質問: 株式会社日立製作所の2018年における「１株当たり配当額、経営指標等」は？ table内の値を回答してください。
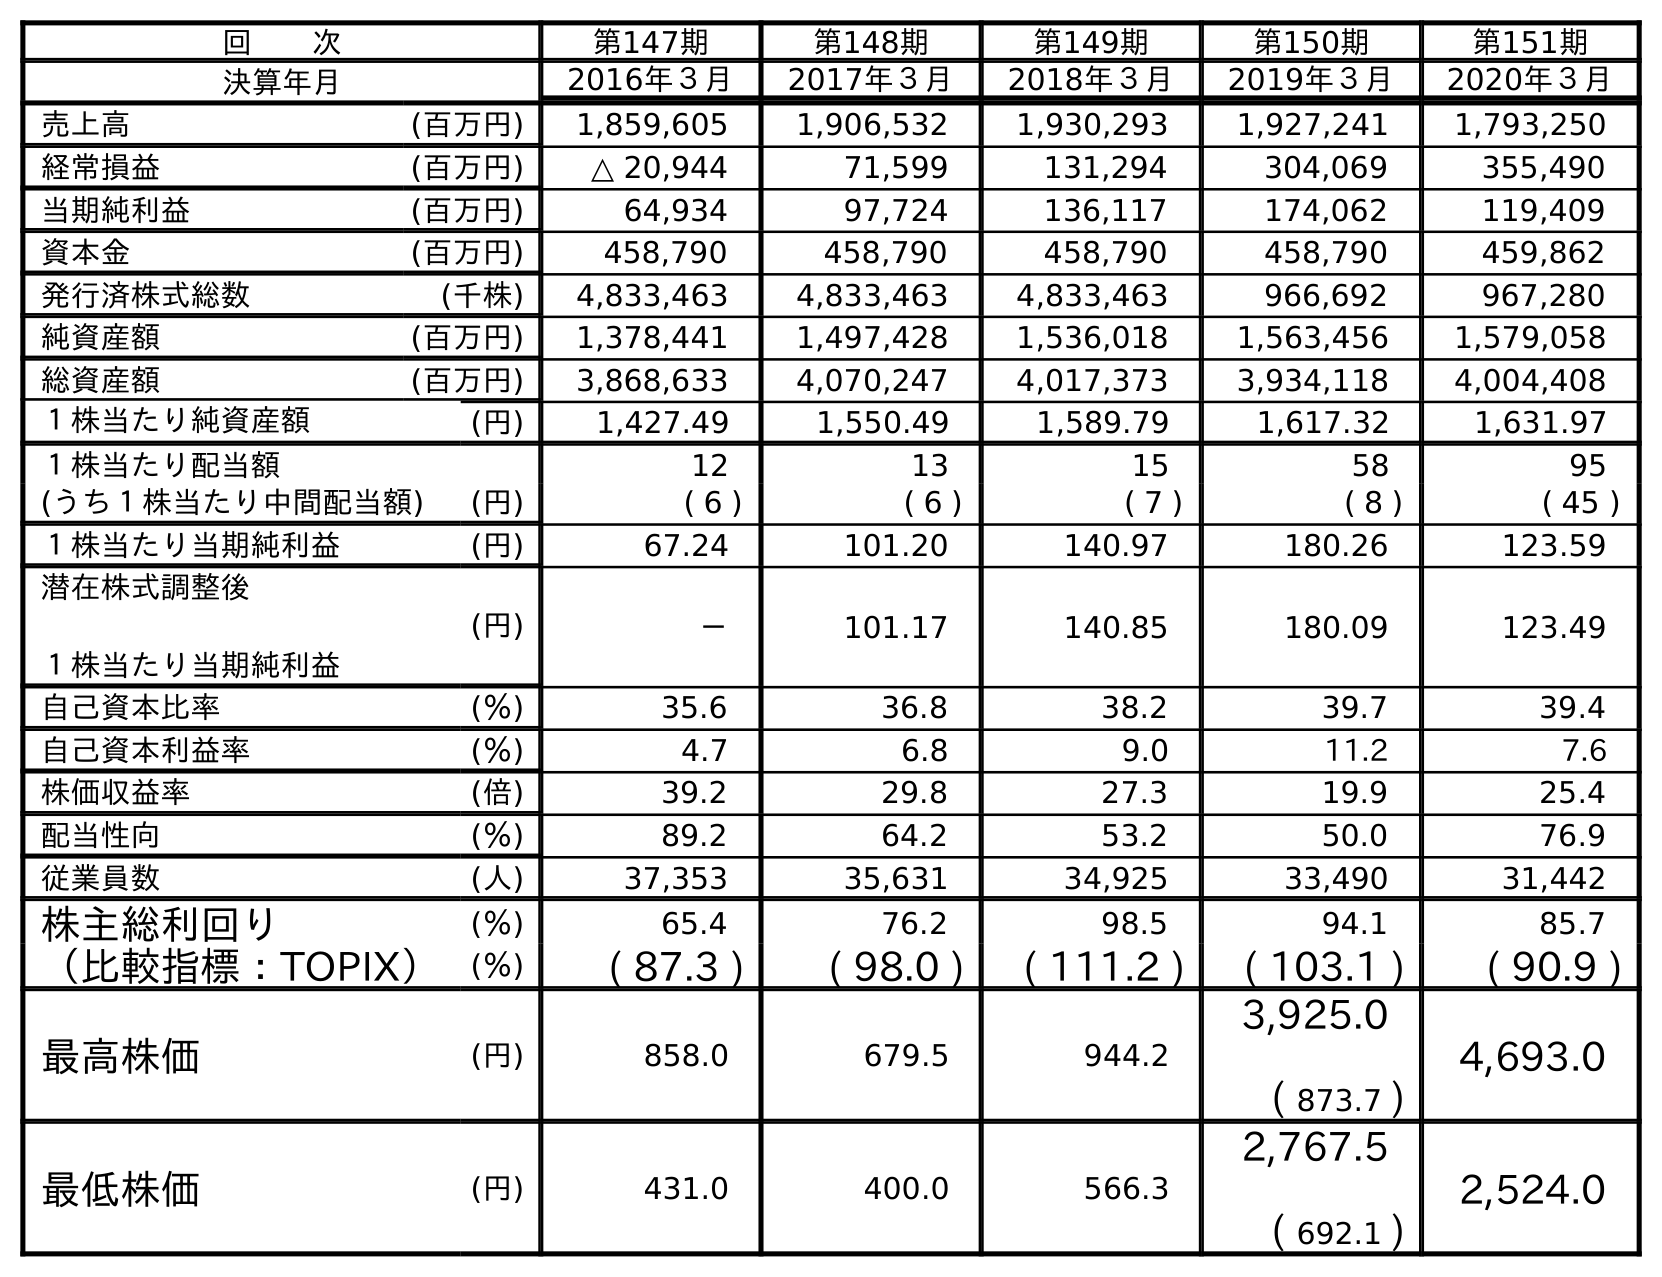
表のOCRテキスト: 回  次 第147期 第148期 第149期 第150期 第151期 決算年月 2016年３月 2017年３月 2018年３月 2019年３月 2020年３月 売上高 (百万円) 1,859,605 1,906,532 1,930,293 1,927,241 1,793,250 経常損益 (百万円) △ 20,944 71,599 131,294 304,069 355,490 当期純利益 (百万円) 64,934 97,724 136,117 174,062 119,409 資本金 (百万円) 458,790 458,790 458,790 458,790 459,862 発行済株式総数 (千株) 4,833,463 4,833,463 4,833,463 966,692 967,280 純資産額 (百万円) 1,378,441 1,497,428 1,536,018 1,563,456 1,579,058 総資産額 (百万円) 3,868,633 4,070,247 4,017,373 3,934,118 4,004,408 １株当たり純資産額 (円) 1,427.49 1,550.49 1,589.79 1,617.32 1,631.97 １株当たり配当額 12 13 15 58 95 (うち１株当たり中間配当額) (円) ( 6 ) ( 6 ) ( 7 ) ( 8 ) ( 45 ) １株当たり当期純利益 (円) 67.24 101.20 140.97 180.26 123.59 潜在株式調整後 １株当たり当期純利益 (円) － 101.17 140.85 180.09 123.49 自己資本比率 (％) 35.6 36.8 38.2 39.7 39.4 自己資本利益率 (％) 4.7 6.8 9.0 11.2 7.6 株価収益率 (倍) 39.2 29.8 27.3 19.9 25.4 配当性向 (％) 89.2 64.2 53.2 50.0 76.9 従業員数 (人) 37,353 35,631 34,925 33,490 31,442 株主総利回り (％) 65.4 76.2 98.5 94.1 85.7 （比較指標：TOPIX） (％) ( 87.3 ) ( 98.0 ) ( 111.2 ) ( 103.1 ) ( 90.9 ) 最高株価 (円) 858.0 679.5 944.2 3,925.0 ( 873.7 ) 4,693.0 最低株価 (円) 431.0 400.0 566.3 2,767.5 ( 692.1 ) 2,524.0
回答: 15